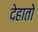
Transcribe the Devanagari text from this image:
देहातो